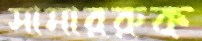
সামাররুক